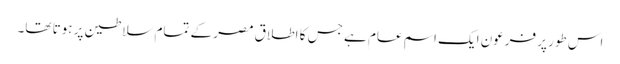
اس طور پر فرعون ایک اسمِ عام ہے جس کا اطلاق مصر کے تمام سلاطین پر ہوتا تھا۔